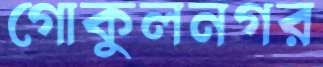
গোকুলনগর